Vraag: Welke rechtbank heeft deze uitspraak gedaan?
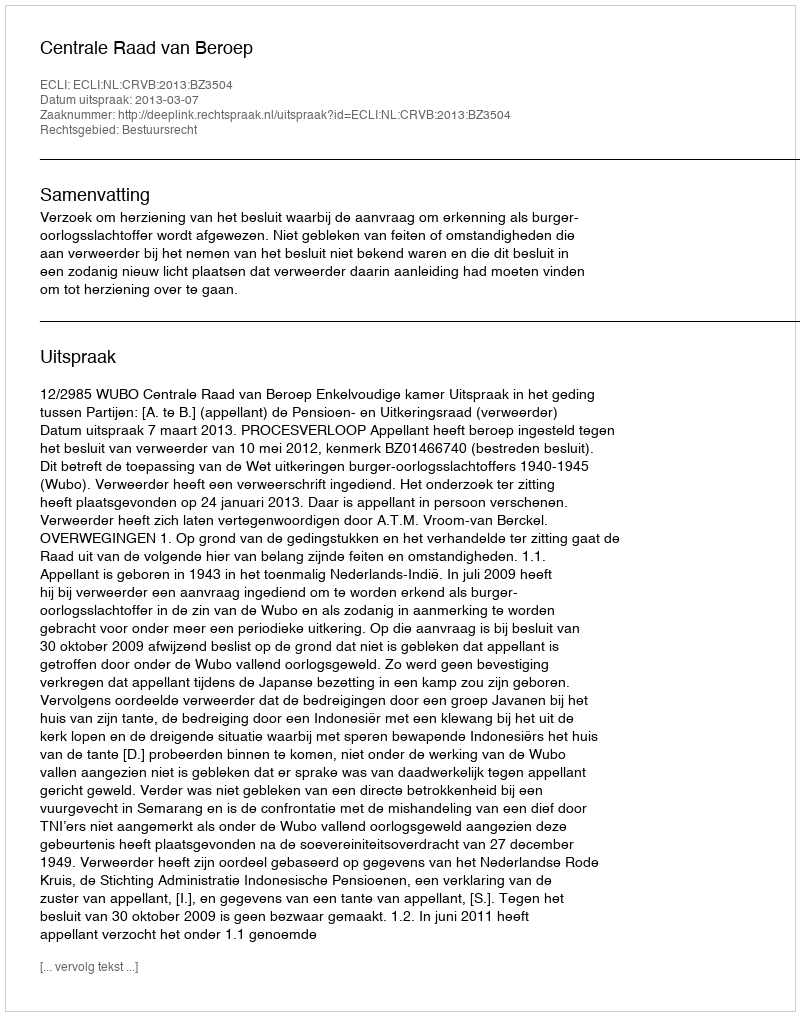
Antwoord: Centrale Raad van Beroep